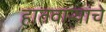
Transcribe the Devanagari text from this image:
हातवार्‍यांचे